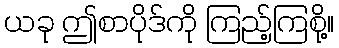
ယခု ဤစာပိုဒ်ကို ကြည့်ကြစို့။